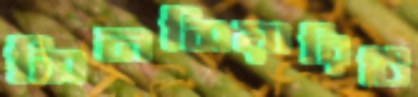
সিনসিয়ারিটি